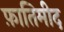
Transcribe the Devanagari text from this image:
फ़ातिमीद